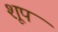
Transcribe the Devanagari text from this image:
शूप